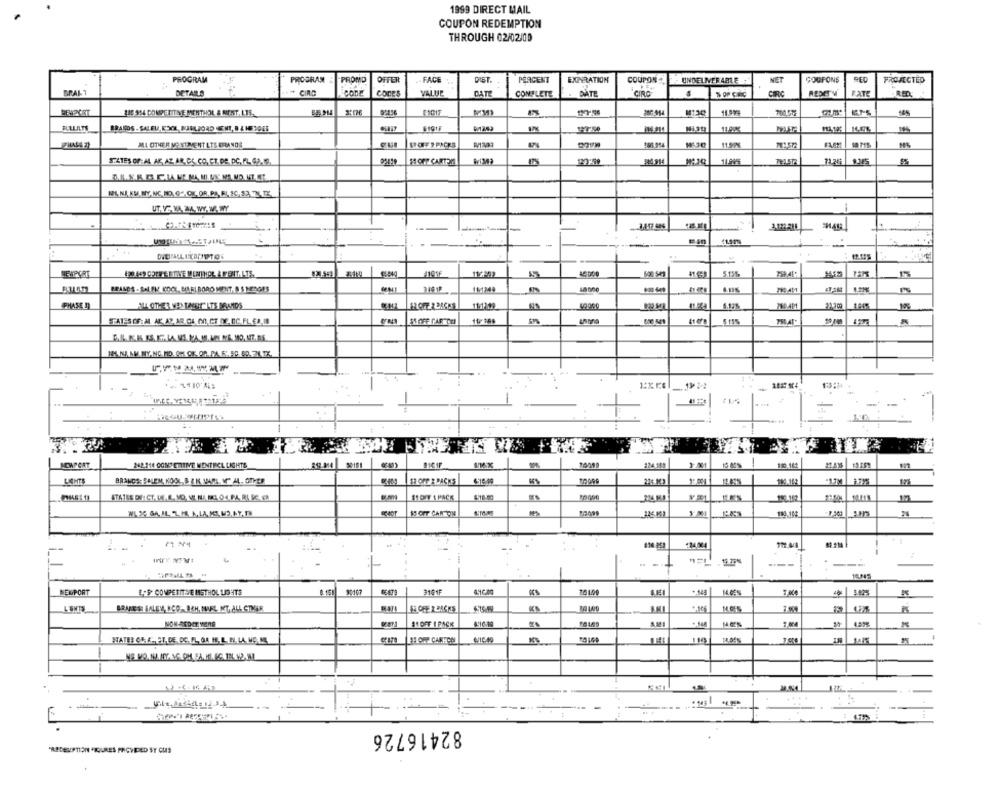
1999 DIRECT MAIL
COUPON REDEMPTION
THROUGH 02/02/00
PROGRAM
PROGRAM
PROMO
OFFER
FACK
DIST.
PERCENT
EXPIRATION
COUPON
UNDELIVERABLE
NET
COUPONS
REC
PROJECTED
F
BRAK
DETAILS
# CIRC
COCES
VALUE
CATE
COMPLETE
DATE
CIRO
% OF CIRC
CIRC
REDETV
RATE
.RED.
218 954 COMPETITIE MENTHOL & MINT, LES.
11.99%
FLELALTS
BRANDS . SALEU. EXE, MARUZORD ENT, B & HED045
1182
119IN
ML OTHER ME SIEMENT LTS GRANDS
STATES OF:AL AC, AZ, AR,DE CO. CT. DE PC. R. 62.10.
MOFF CARTON
WIM
11.999
71.24
9.345
IOL NJ KE. MY. NC. ND. G. OK, OR. PA, FL, SC. 53 7L. K.
..
120 469 CPER EF TIME ! ENTHAL A FFENT. LTE.
11/7-23
600 541
5.15%
BRANCS - SAL FI KOCI, BOLELBORO MENT, S S MERGES
11-1344
PHASE 2)
111112
6.12%
STATES OF: AL. AK.AZ, AR.CA. GO. CT DE, OC.FL. ER.IN
ES OFF CAR CE
2410'A
1
--
NEWPORT
242.211 COMPETITIVE WENTHCL LIGHTS
89.314 50181
8101F
224.185
150.162
BRANDS: SALEM, KOOL B &K WAHL V" AL. OTHER
57 OFF & PACKS
175
STATES DELCT.LA. E. MO, VI. NA KKL 0.4.P.A. BL IC. C.
$1 DIY 1 PACK
15 CIT CANTON
24.004
15.75%
---
---
NEXPORT
E.9 COMPETITIVE METHOL USHTS
20107
3101F
+ 448
LEMTS
BRUCE'S HALEY, ECO-BEH, MIEL, MT. ALL CTMIR
ES OFF 2 BACKS
AKI
81 OFF I PACK
STATER OU A.F.T. DE PC. A. OA M.L. N.LA. M.C. M.
..
82416726
'RECEPTION "TURES PROVIDED ST CUS